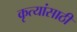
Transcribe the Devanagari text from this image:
कृत्यांसाठी